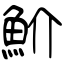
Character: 魪